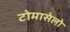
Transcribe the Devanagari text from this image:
टोमासेलो